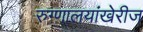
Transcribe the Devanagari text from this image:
रुग्णालयांखेरीज